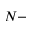
N -